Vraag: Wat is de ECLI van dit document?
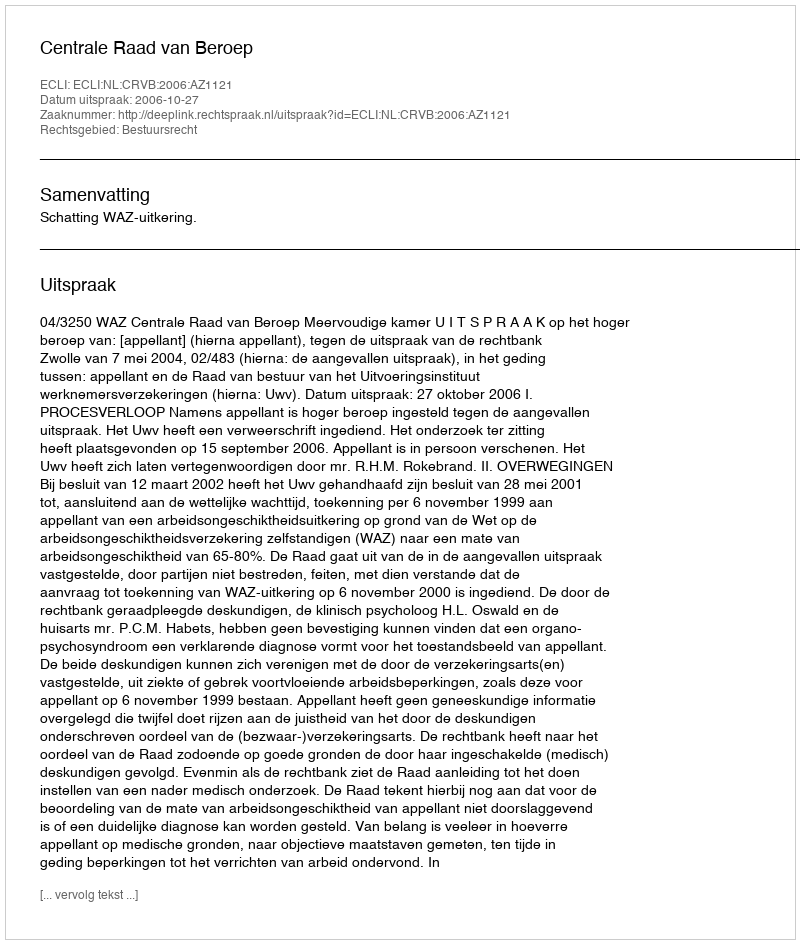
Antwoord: ECLI:NL:CRVB:2006:AZ1121